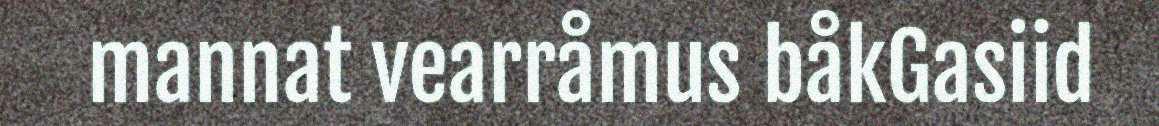
mannat vearråmus båkGasiid